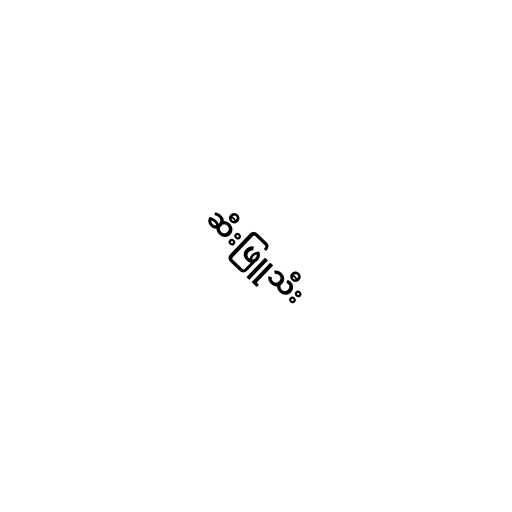
ဆီးဖြူသီး